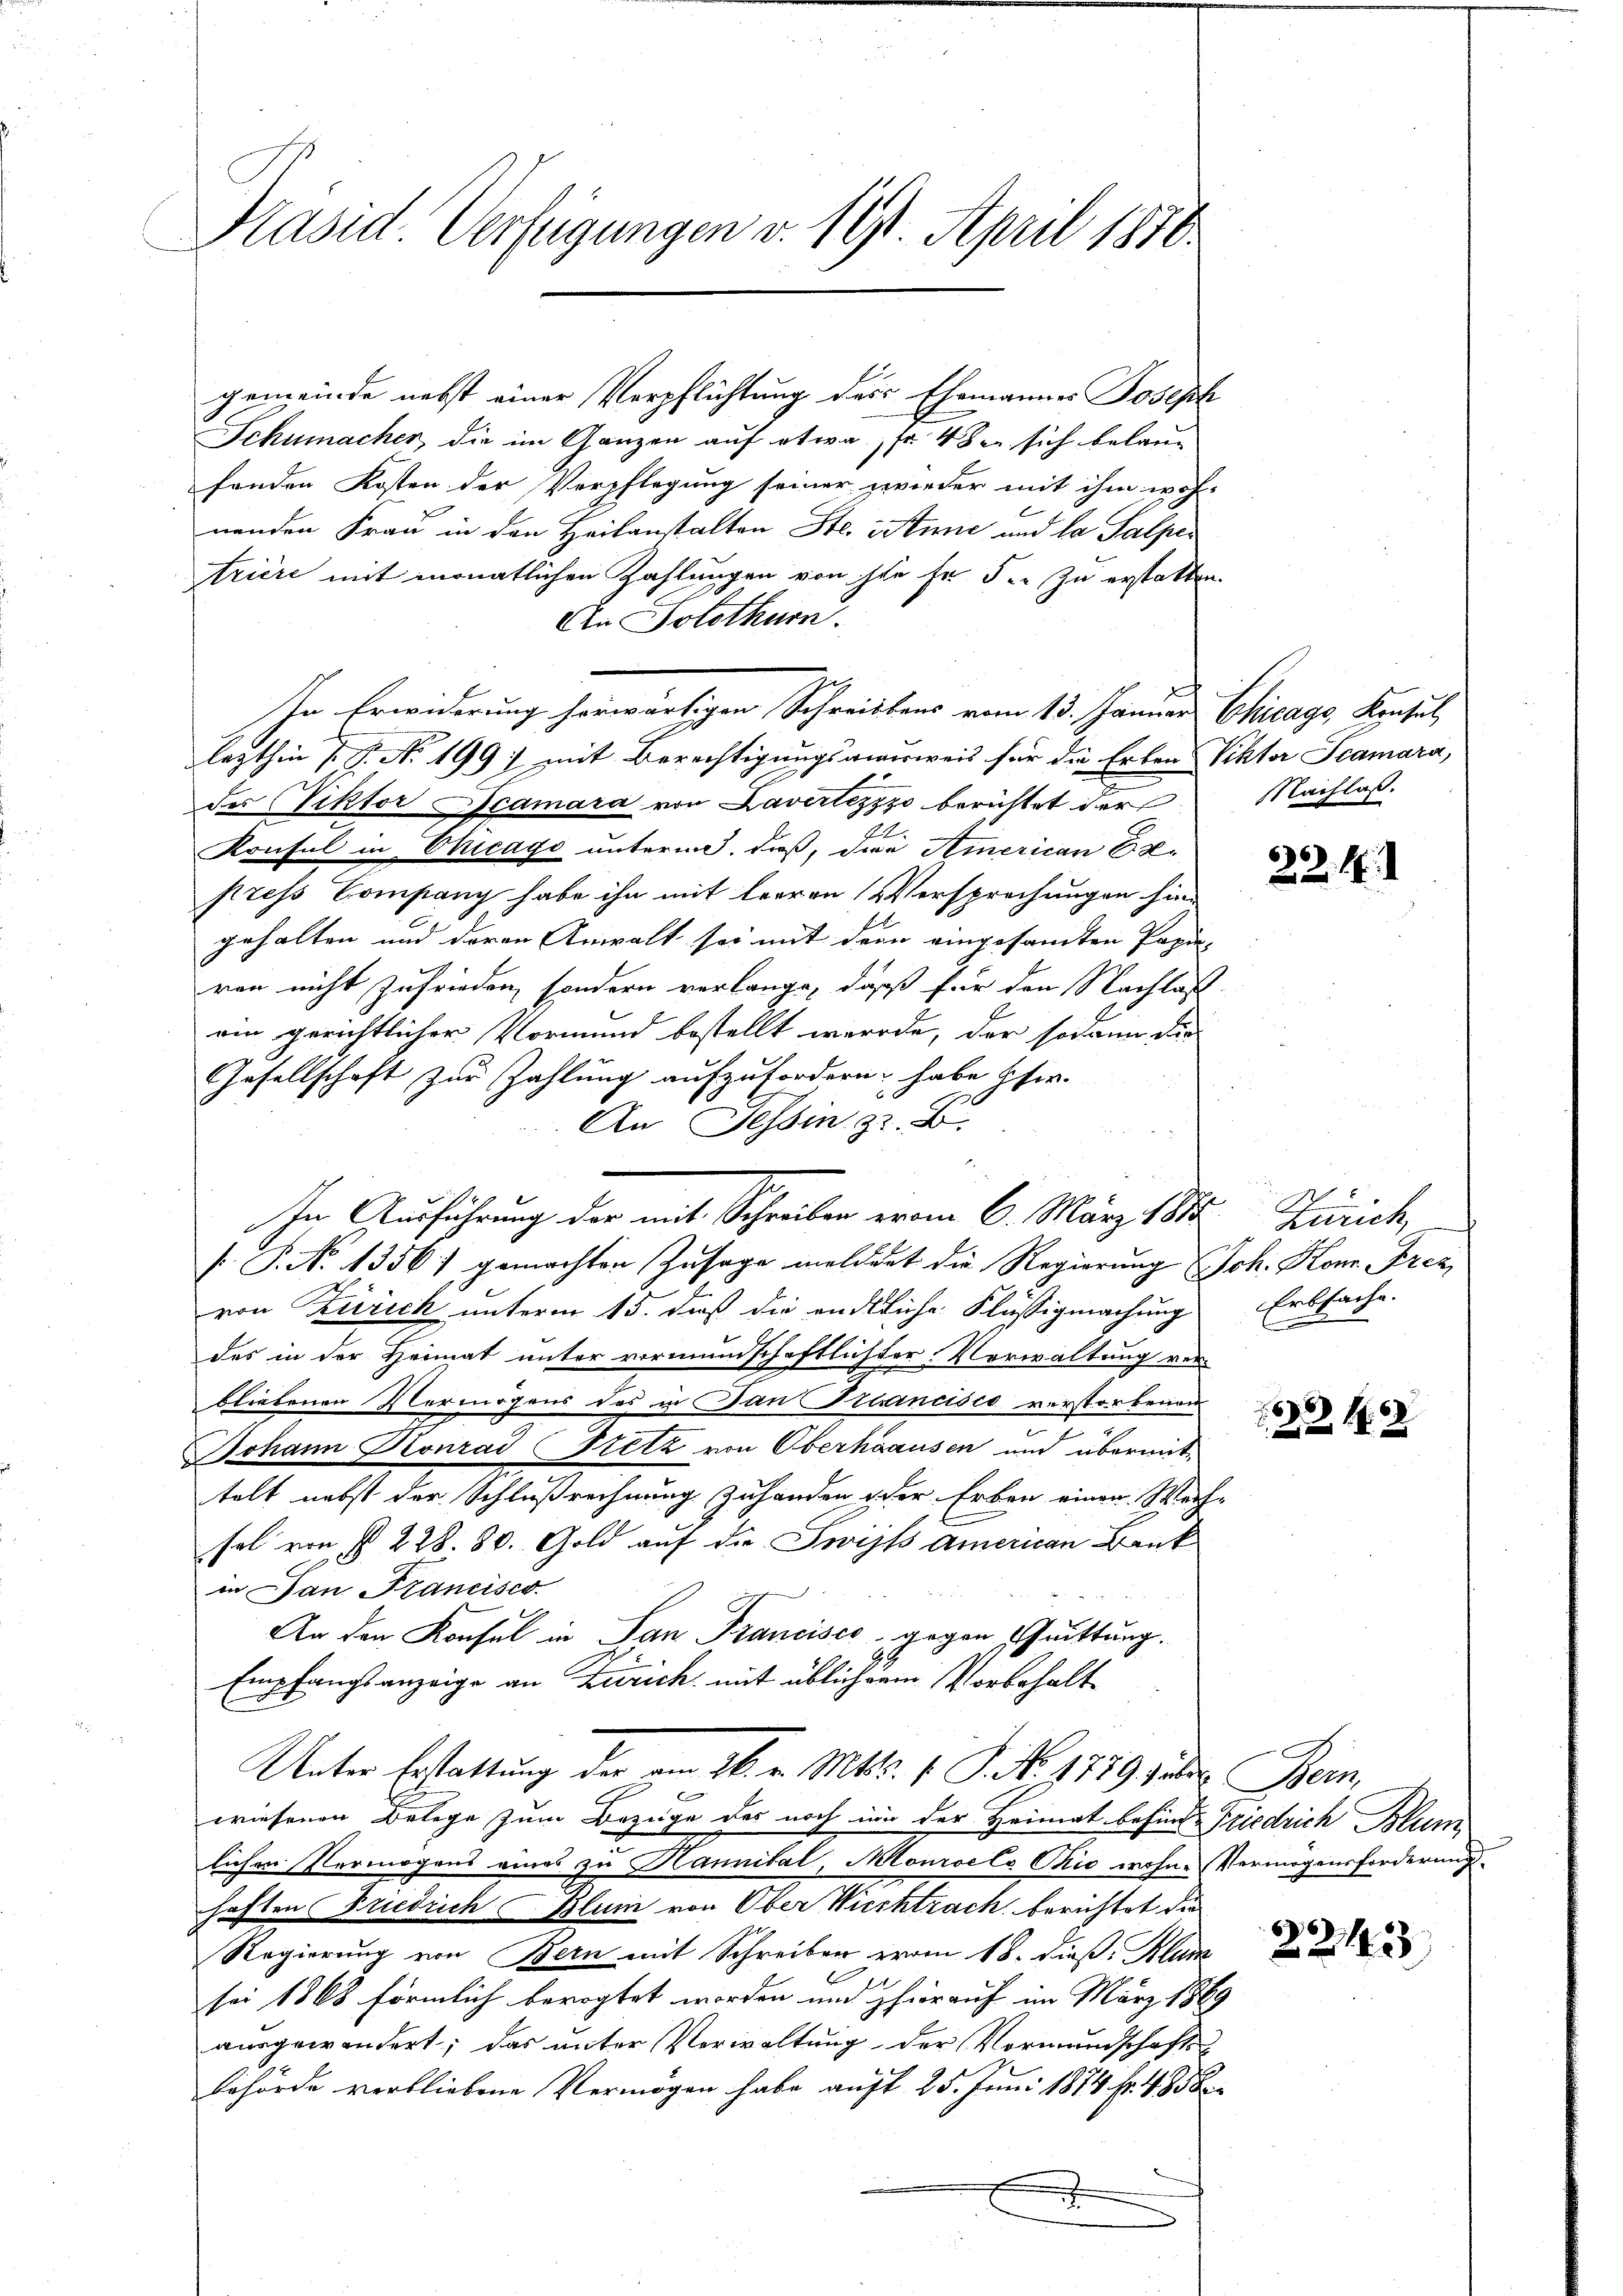
Präsid. Verfügungen v. 191. April 1870.

gemeinde nebst einer Verpflichtung des Ehemannes Joseph
Schumacher, die im Ganzen auf etwa Fr. 4 den sich belaufenden Kosten der Verpflegung seiner zwieder mit ihm woh-
nenden Frau in den Heilanstalten Ste. Stimme und la Salper
trière mit monatlichen Zahlungen von sie Er den zu erstatten.
An Solothurn.
7
d
IIn Erwiderung herwärtigen Schreibens vom 13. Januar Chicago, Konsul
lezthin P. P. Nr. 199 mit Berechtigungsausweis für die Erben Viktor Scamara,
des Viktor Beamara von Lavertezzzo berichtet der
i
Konsul in Chicago unterm, daß, die American Er-
press Company habe ihn mit leeren Versprechungen hin-
gehalten und deren Anwalt sei mit dem eingesamten Papie-
ren nicht zufrieden, sondern verlange, daß für den Nachlass
ein gerichtlicher Vormund bestellt werde, der sodann die
Gesellschaft zur Zahlung aufzufordern habe Ifer-
An Tessin z. B.
In Ausführung der mit Schreiber vom 6. März 184. Zürich,
[ P. No 13567 gemachten Zusage meldert die Regierung Joh. Konr. Frei
von Zürich unterm 15. dieß die endliche Flüssigmachung
des in der Heimat unter vormundschaftlichter Verwaltung ver-
bliebenen Vermögens des in an Francisco verstorbenen
Johann Konrad Stetz von Oberhausen und übermittelt nebst der Schlußrechnung zu handen oder Erben einen Wech-
sel von § 228. 80. Gold auf der Zwijs American Bank
in Dan Krancisco
An den Konsul in San Francisco, gegen Guittung.
Empfangsanzeige an Zürich, mit üblich dem Vorbehalt
Unter Erstattung der am 26. v. Mts. v. J. No. 1789 jeder Bern,
g
wiesenen Belege zum Bezüge des noch um der Heimat befinde Friedrich Blum
lichen Vermögens eines zu Hannital Monroels Chio wohne Vermögensforderungshaften Friedrich Blum von Ober Wichtrach, berichtet die
Regierung von Bern mit Schreiben vom 18. dieß: Klum
sei 1868 förmlich bevogtet worden und hierauf im März 188.
ausgewandert; das unter Verwaltung der Vormundschafts
behörde verbliebene Vermögen habe auft 25. Juni 1874 Fr. 4. 858
s

NNachlaß.

2

22. 18.

C
Erbsache.
E

.2. 18

2243